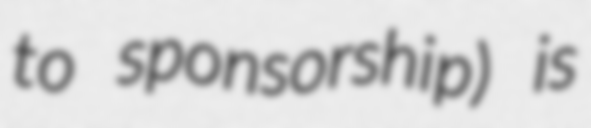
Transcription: to sponsorship) is